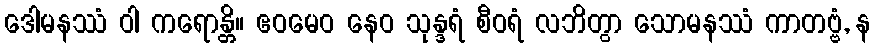
ဒေါမနဿံ ဝါ ကရောန္တိ။ ဧဝမေဝ နေဝ သုန္ဒရံ စီဝရံ လဘိတွာ သောမနဿံ ကာတဗ္ဗံ, န